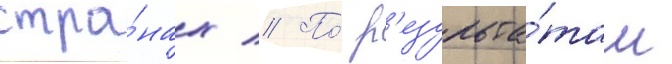
стра́нах // По́ р'езульта́там